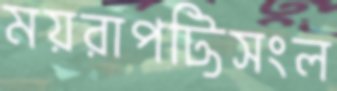
ময়রাপট্টিসংল